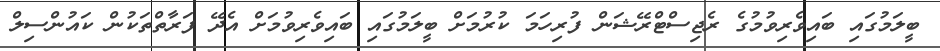
ބީލަމުގައި ބައިވެރިވުމުގެ ރެޖިސްޓްރޭޝަން ފުރިހަމަ ކުރުމަށް ބީލަމުގައި ބައިވެރިވުމަށް އެދޭ ފަރާތްތަކުން ކައުންސިލް